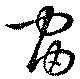
宙